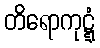
တိရောကုဋ္ဋံ